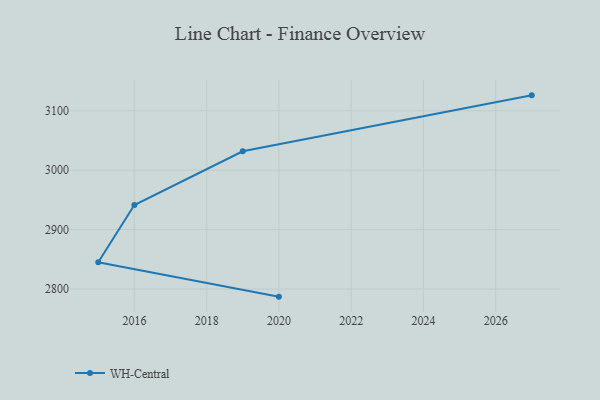
{"axis": {"x": "Year", "y": "Tickets Resolved"}, "legend": ["WH-Central"], "data": [{"x": "2027", "y": 3125.9, "type": "WH-Central"}, {"x": "2019", "y": 3031.8, "type": "WH-Central"}, {"x": "2016", "y": 2941.3, "type": "WH-Central"}, {"x": "2015", "y": 2845.2, "type": "WH-Central"}, {"x": "2020", "y": 2787.2, "type": "WH-Central"}]}